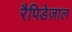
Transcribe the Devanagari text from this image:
रैपिडेज़ाल